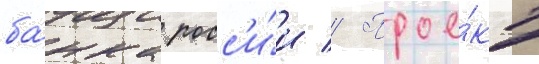
ба́нка росс'и́и // Прое́кт